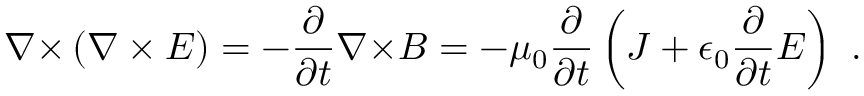
{ \boldsymbol { \nabla \times } } \left( { \boldsymbol { \nabla \times E } } \right) = - { \frac { \partial } { \partial t } } { \boldsymbol { \nabla \times } } { \boldsymbol { B } } = - \mu _ { 0 } { \frac { \partial } { \partial t } } \left( { \boldsymbol { J } } + \epsilon _ { 0 } { \frac { \partial } { \partial t } } { \boldsymbol { E } } \right) \ .